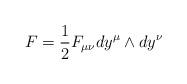
LaTeX: \begin{align*}F= {1 \over 2} F_{\mu\nu} dy^\mu \wedge dy^\nu\end{align*}